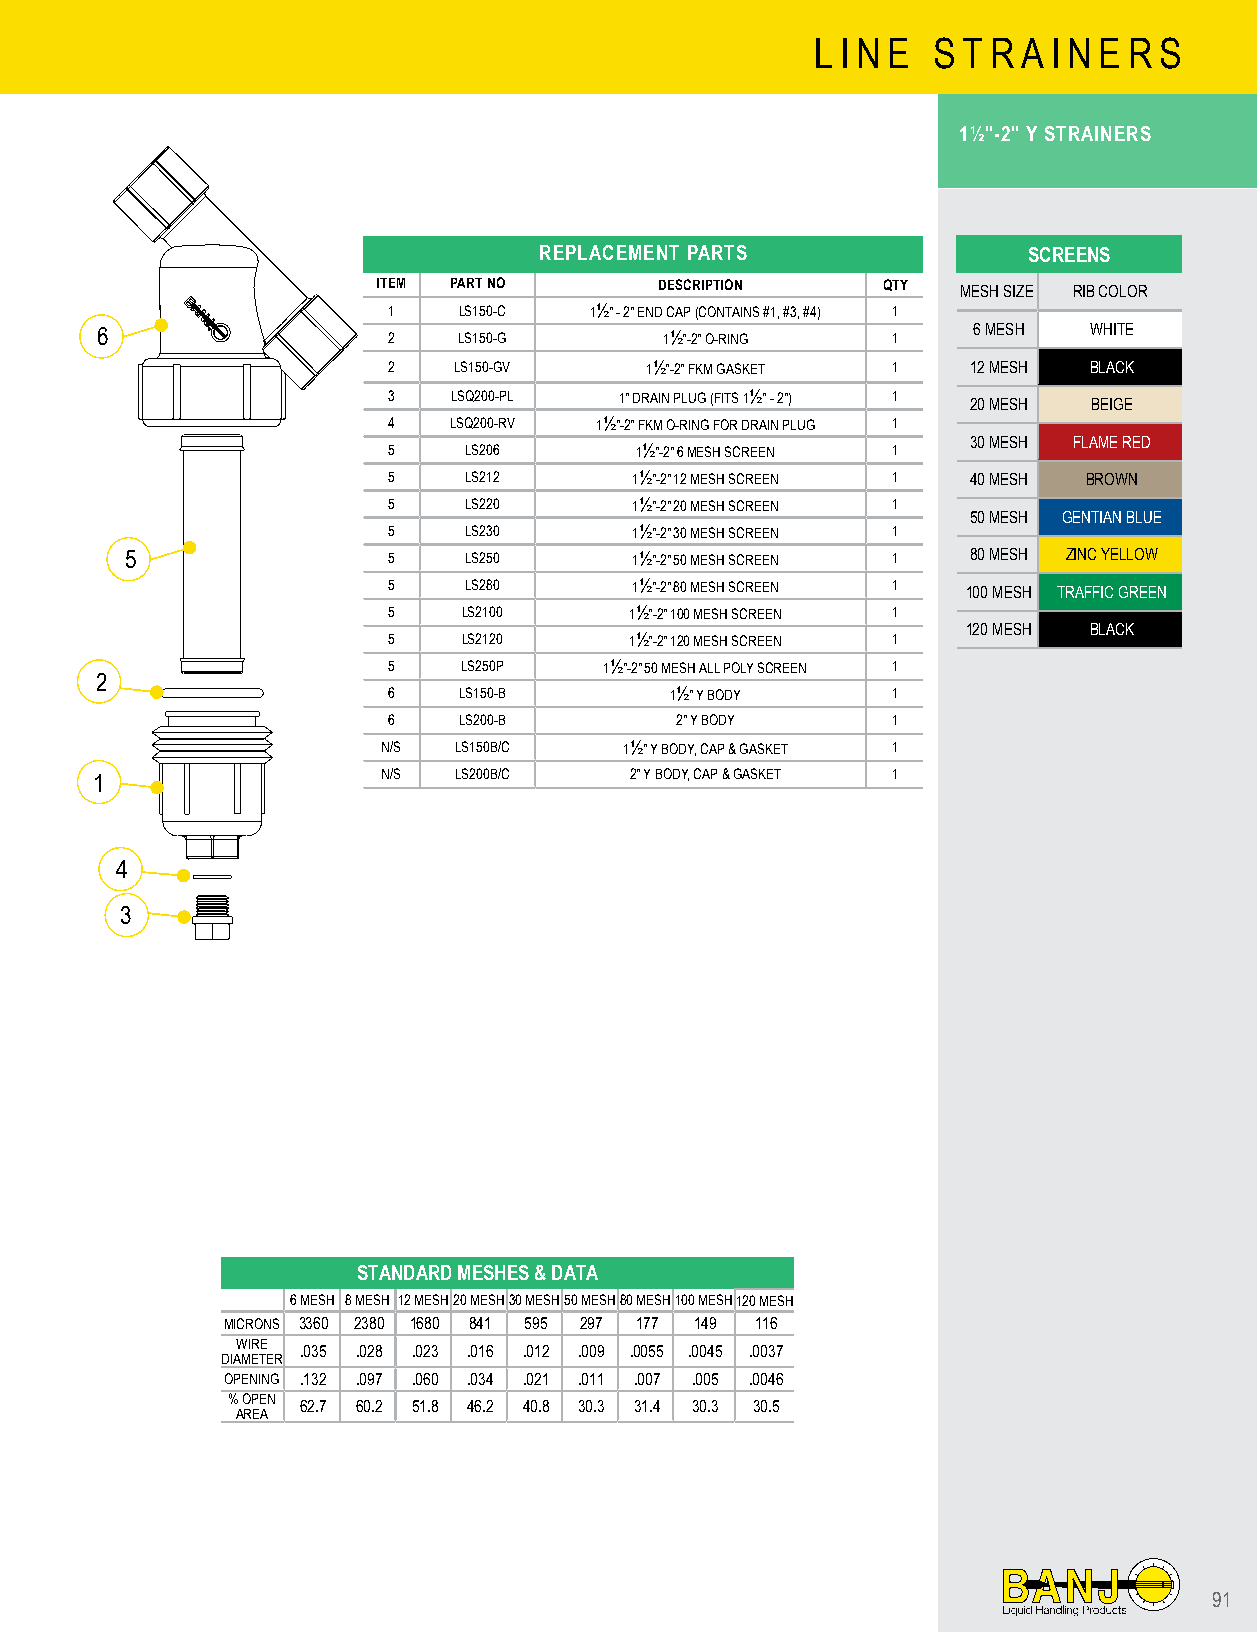
L I N E S T R A I N E R S
 1½"-2" Y STRAINERS
 REPLACEMENT PARTS               SCREENS
 ITEM PART NO       DESCRIPTION   QTY
 MESH SIZE RIB COLOR
 1   LS150-C  1½" - 2" END CAP (CONTAINS #1, #3, #4) 1
 6                   2   LS150-G       1½"-2" O-RING  1    6 MESH  WHITE
 2   LS150-GV     1½"-2" FKM GASKET 1  12 MESH BLACK
 3   LSQ200-PL  1" DRAIN PLUG (FITS 1½" - 2") 1 20 MESH BEIGE
 4   LSQ200-RV 1½"-2" FKM O-RING FOR DRAIN PLUG 1
 30 MESH FLAME RED
 5    LS206      1½"-2" 6 MESH SCREEN 1
 5    LS212      1½"-2" 12 MESH SCREEN 1 40 MESH BROWN
 5    LS220      1½"-2" 20 MESH SCREEN 1
 50 MESH GENTIAN BLUE
 5    LS230      1½"-2" 30 MESH SCREEN 1
 5                 5    LS250      1½"-2" 50 MESH SCREEN 1 80 MESH ZINC YELLOW
 5    LS280      1½"-2" 80 MESH SCREEN 1 100 MESH TRAFFIC GREEN
 5    LS2100     1½"-2" 100 MESH SCREEN 1
 120 MESH BLACK
 5    LS2120     1½"-2" 120 MESH SCREEN 1
 5    LS250P   1½"-2" 50 MESH ALL POLY SCREEN 1
 2
 6   LS150-B       1½" Y BODY     1
 6   LS200-B        2" Y BODY     1
 N/S  LS150B/C   1½" Y BODY, CAP & GASKET 1
 1                  N/S  LS200B/C    2" Y BODY, CAP & GASKET 1
 4
 3
 STANDARD MESHES & DATA
 6 MESH 8 MESH 12 MESH20 MESH30 MESH50 MESH80 MESH100 MESH120 MESH
 MICRONS 3360 2380 1680 841 595 297 177 149 116
 WIRE
 .035 .028 .023 .016 .012 .009 .0055 .0045 .0037
 DIAMETER
 OPENING .132 .097 .060 .034 .021 .011 .007 .005 .0046
 % OPEN
 62.7 60.2 51.8 46.2 40.8 30.3 31.4 30.3 30.5
 AREA
 91